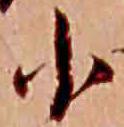
小